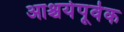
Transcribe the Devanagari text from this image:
आश्चर्यपूर्वक